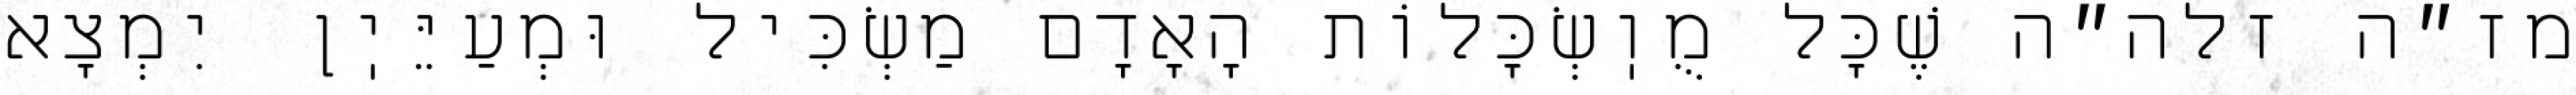
מז״ה זלה״ה שֶׁכׇּל מֻוֽשְׂכָּלוֹת הָאָדָם מַשְׂכִּיל וּמְעַיֵּיֽן יִמְצָא